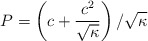
\begin{align*}P = \left( c + \frac{c^2}{\sqrt{\kappa}} \right)/\sqrt{\kappa}\end{align*}